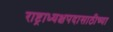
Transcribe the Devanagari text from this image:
राष्ट्राध्यक्षपदासाठीच्या